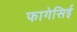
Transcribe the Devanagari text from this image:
फागेसिई